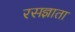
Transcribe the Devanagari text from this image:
रसज्ञाता